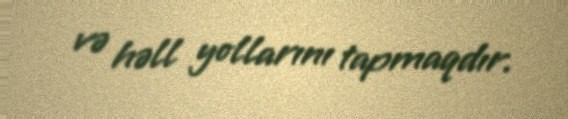
və həll yollarını tapmaqdır.